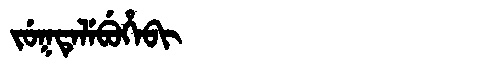
Manchu: ᠵᡠᡴᡨᡝᠯᡝᠪᡠᡥᡝᠪᡳ
Romanization: JUKTELEBUHEBI